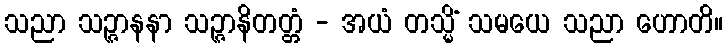
သညာ သဉ္ဇာနနာ သဉ္ဇာနိတတ္တံ - အယံ တသ္မိံ သမယေ သညာ ဟောတိ။